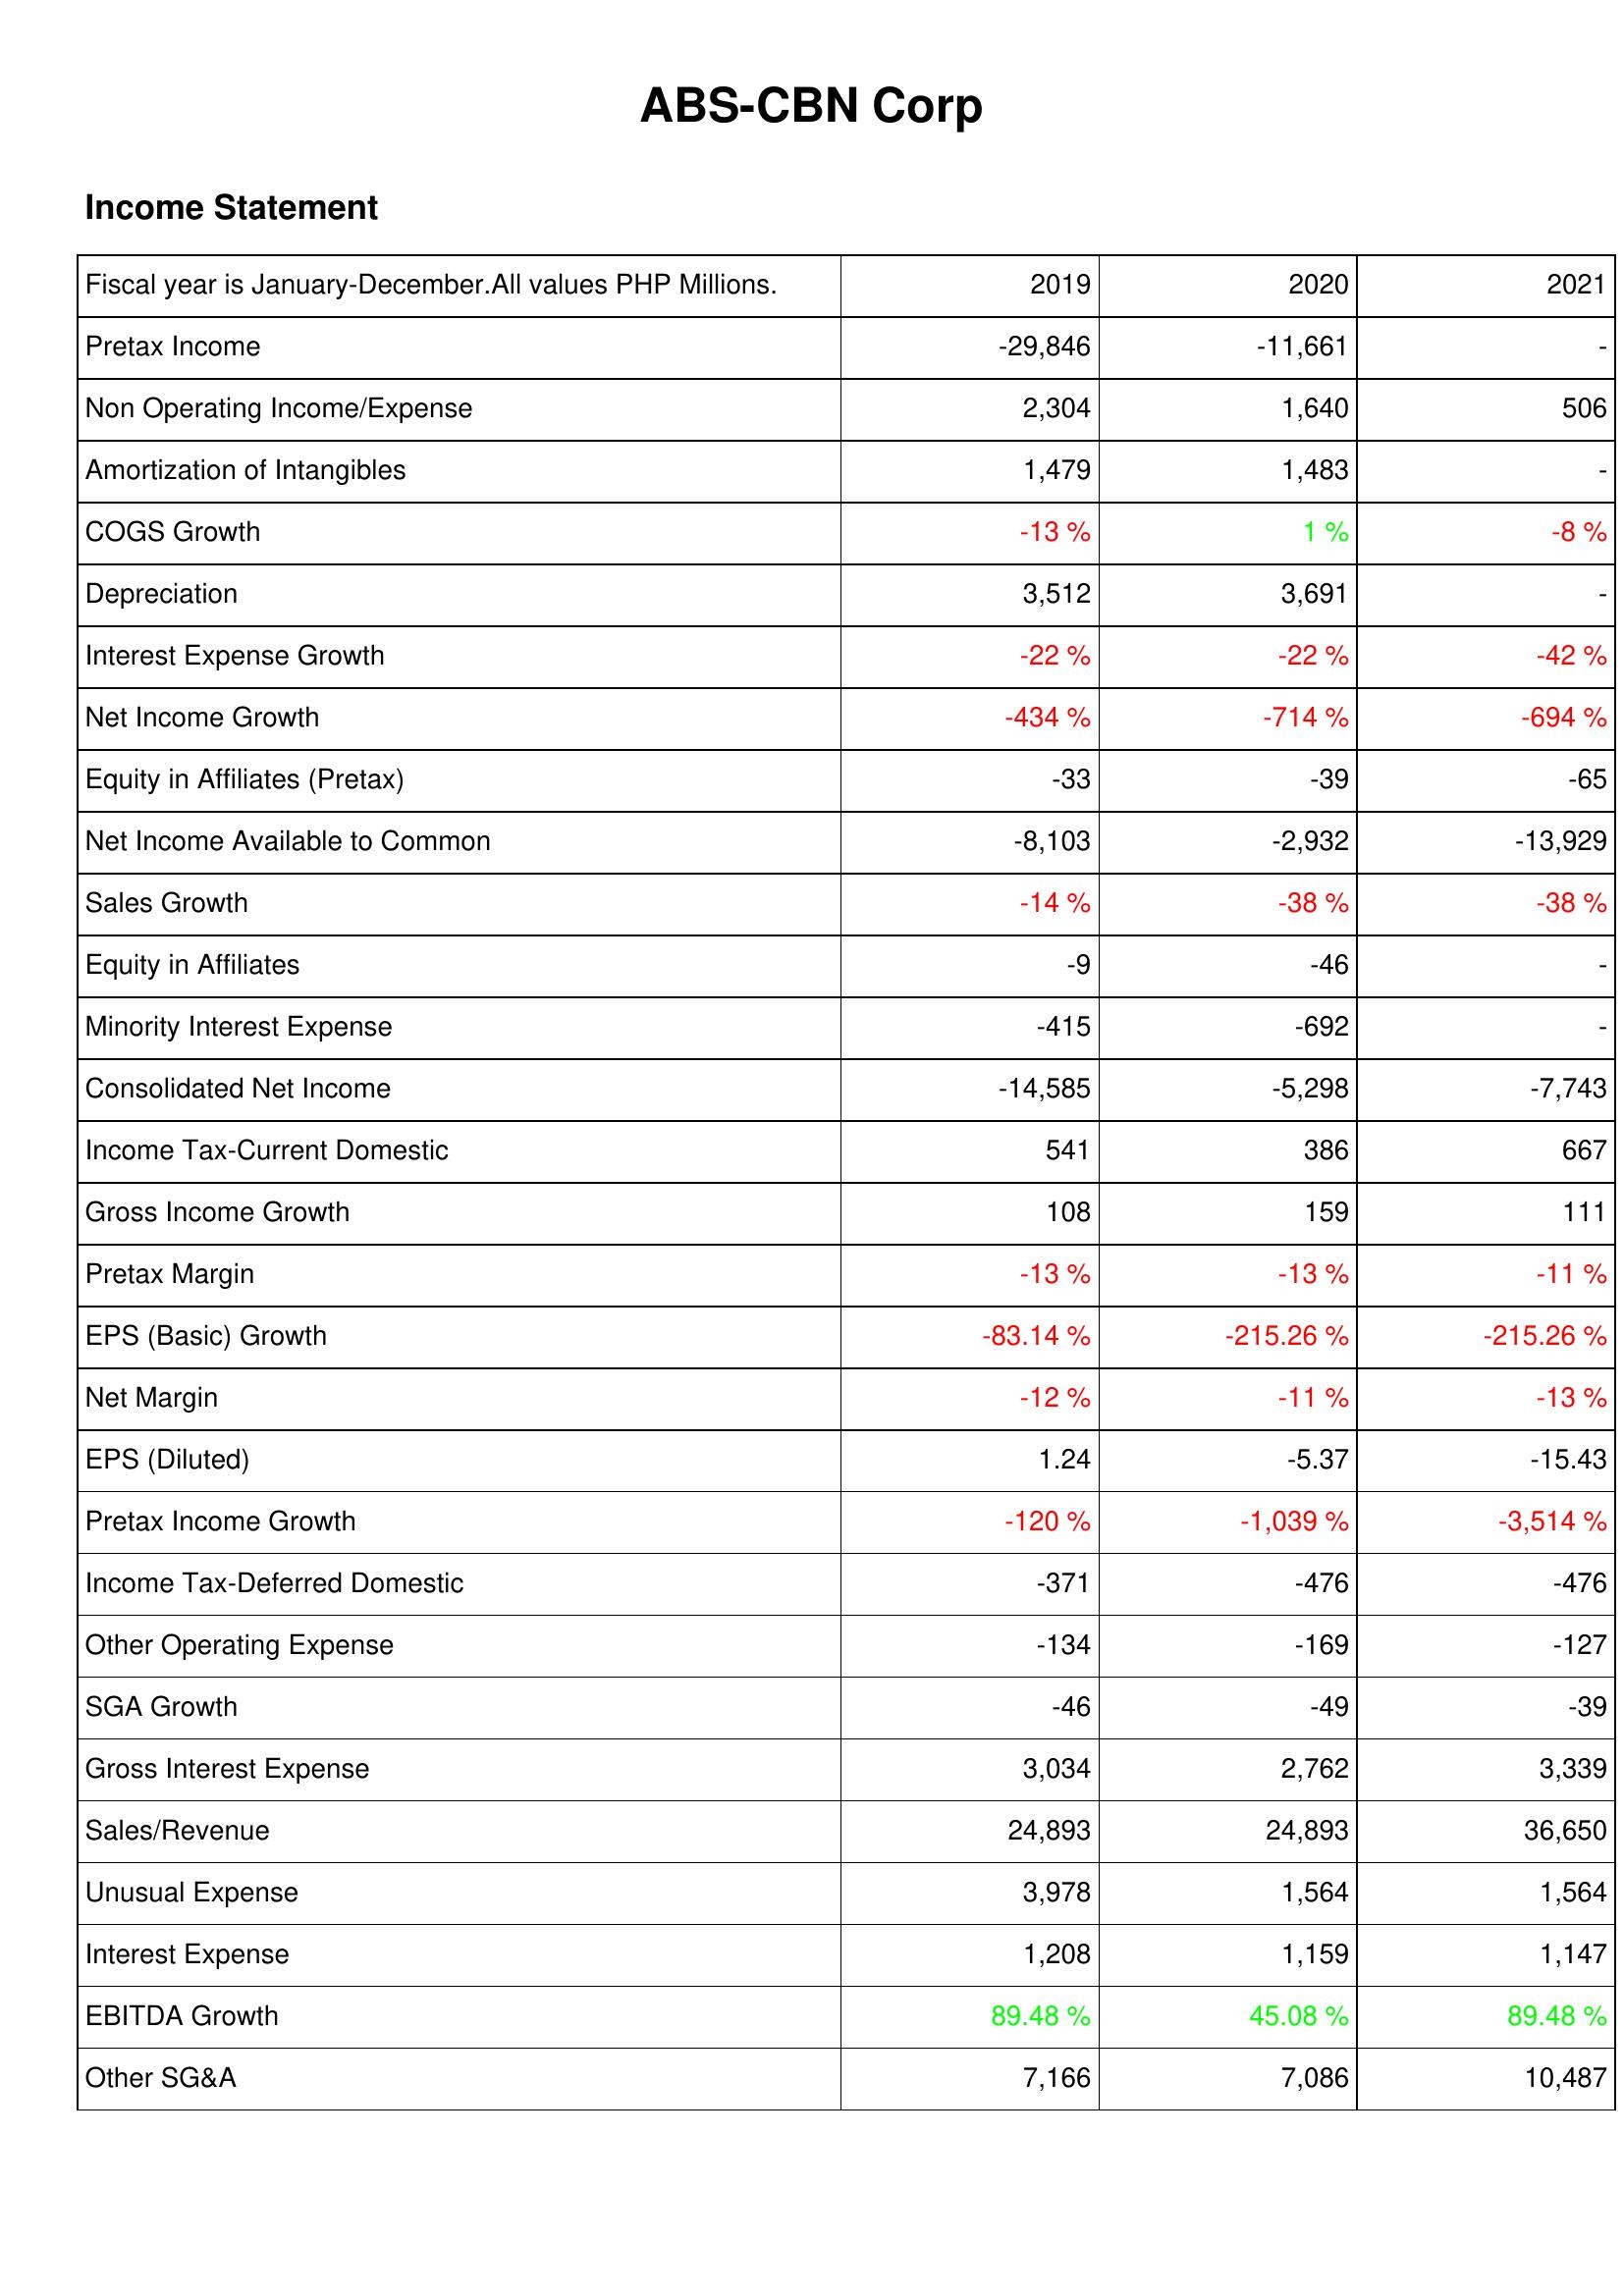
2019: Income Statement: Pretax Income: -29,846
Non Operating Income/Expense: 2,304
Amortization of Intangibles: 1,479
COGS Growth: -13 %
Depreciation: 3,512
Interest Expense Growth: -22 %
Net Income Growth: -434 %
Equity in Affiliates (Pretax): -33
Net Income Available to Common: -8,103
Sales Growth: -14 %
Equity in Affiliates: -9
Minority Interest Expense: -415
Consolidated Net Income: -14,585
Income Tax-Current Domestic: 541
Gross Income Growth: 108
Pretax Margin: -13 %
EPS (Basic) Growth: -83.14 %
Net Margin: -12 %
EPS (Diluted): 1.24
Pretax Income Growth: -120 %
Income Tax-Deferred Domestic: -371
Other Operating Expense: -134
SGA Growth: -46
Gross Interest Expense: 3,034
Sales/Revenue: 24,893
Unusual Expense: 3,978
Interest Expense: 1,208
EBITDA Growth: 89.48 %
Other SG&A: 7,166
2020: Income Statement: Pretax Income: -11,661
Non Operating Income/Expense: 1,640
Amortization of Intangibles: 1,483
COGS Growth: 1 %
Depreciation: 3,691
Interest Expense Growth: -22 %
Net Income Growth: -714 %
Equity in Affiliates (Pretax): -39
Net Income Available to Common: -2,932
Sales Growth: -38 %
Equity in Affiliates: -46
Minority Interest Expense: -692
Consolidated Net Income: -5,298
Income Tax-Current Domestic: 386
Gross Income Growth: 159
Pretax Margin: -13 %
EPS (Basic) Growth: -215.26 %
Net Margin: -11 %
EPS (Diluted): -5.37
Pretax Income Growth: -1,039 %
Income Tax-Deferred Domestic: -476
Other Operating Expense: -169
SGA Growth: -49
Gross Interest Expense: 2,762
Sales/Revenue: 24,893
Unusual Expense: 1,564
Interest Expense: 1,159
EBITDA Growth: 45.08 %
Other SG&A: 7,086
2021: Income Statement: Pretax Income: -
Non Operating Income/Expense: 506
Amortization of Intangibles: -
COGS Growth: -8 %
Depreciation: -
Interest Expense Growth: -42 %
Net Income Growth: -694 %
Equity in Affiliates (Pretax): -65
Net Income Available to Common: -13,929
Sales Growth: -38 %
Equity in Affiliates: -
Minority Interest Expense: -
Consolidated Net Income: -7,743
Income Tax-Current Domestic: 667
Gross Income Growth: 111
Pretax Margin: -11 %
EPS (Basic) Growth: -215.26 %
Net Margin: -13 %
EPS (Diluted): -15.43
Pretax Income Growth: -3,514 %
Income Tax-Deferred Domestic: -476
Other Operating Expense: -127
SGA Growth: -39
Gross Interest Expense: 3,339
Sales/Revenue: 36,650
Unusual Expense: 1,564
Interest Expense: 1,147
EBITDA Growth: 89.48 %
Other SG&A: 10,487